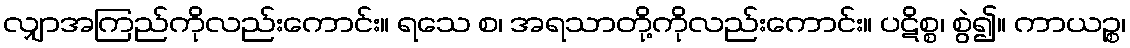
လျှာအကြည်ကိုလည်းကောင်း။ ရသေ စ၊ အရသာတို့ကိုလည်းကောင်း။ ပဋိစ္စ၊ စွဲ၍။ ကာယဉ္စ၊